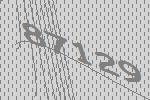
87129